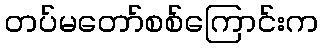
တပ်မတော်စစ်ကြောင်းက